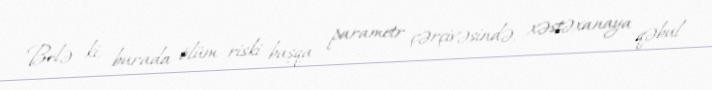
Belə ki, burada ölüm riski başqa parametr çərçivəsində, xəstəxanaya qəbul